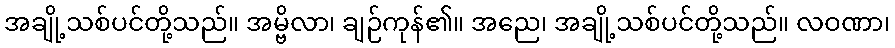
အချို့သစ်ပင်တို့သည်။ အမ္ဗိလာ၊ ချဉ်ကုန်၏။ အညေ၊ အချို့သစ်ပင်တို့သည်။ လဝဏာ၊